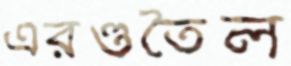
এরণ্ডতৈল